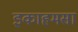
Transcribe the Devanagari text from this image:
इकाहमसा